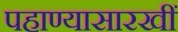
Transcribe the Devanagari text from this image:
पहाण्यासारखीं